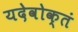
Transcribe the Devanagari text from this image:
यदेवोक्तं